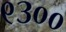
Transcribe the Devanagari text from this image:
९३००